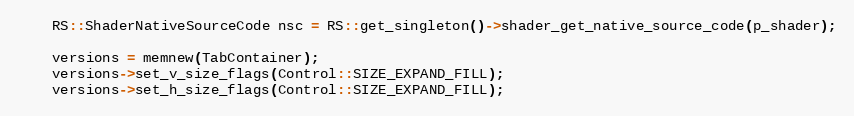
Language: C++
	RS::ShaderNativeSourceCode nsc = RS::get_singleton()->shader_get_native_source_code(p_shader);

	versions = memnew(TabContainer);
	versions->set_v_size_flags(Control::SIZE_EXPAND_FILL);
	versions->set_h_size_flags(Control::SIZE_EXPAND_FILL);